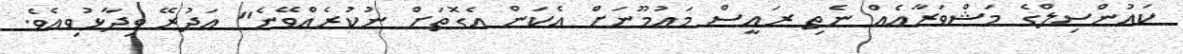
ކައުންސިލްގެ މަޝްވަރާއެއް ނެތި ރައީސް މައުމޫނަށް އެކަން އެގޮތަށް ނުކުރެއްވޭނެ" އަދުރޭ ވިދާޅުވިއެވެ.